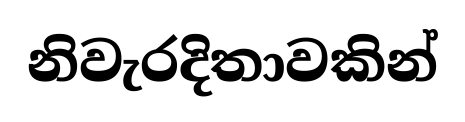
නිවැරදිතාවකින්